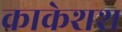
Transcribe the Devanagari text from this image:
काकेशश